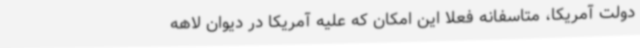
دولت آمریکا، متاسفانه فعلا این امکان که علیه آمریکا در دیوان لاهه